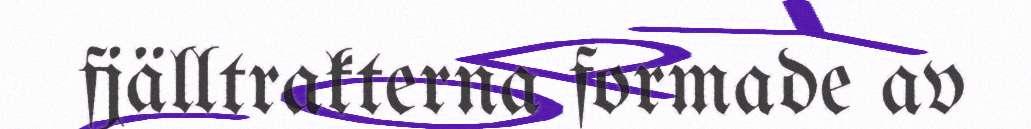
fjälltrakterna formade av